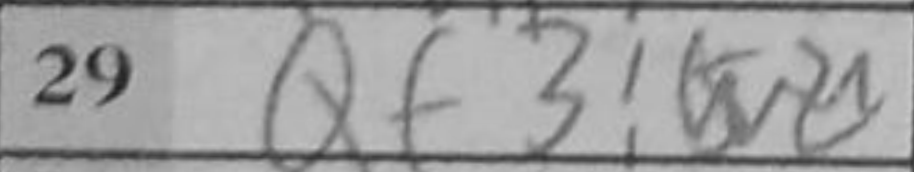
Transcription: Qf3